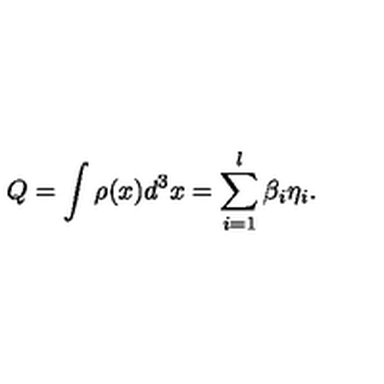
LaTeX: Q = \int \rho ( x ) d ^ { 3 } x = \sum _ { i = 1 } ^ { l } \beta _ { i } \eta _ { i } .